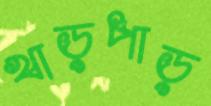
খাড়পাড়